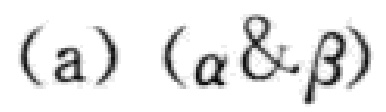
(a) (\( \alpha \& \beta \))